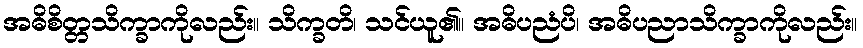
အဓိစိတ္တသိက္ခာကိုလည်း။ သိက္ခတိ၊ သင်ယူ၏။ အဓိပညံပိ၊ အဓိပညာသိက္ခာကိုလည်း။